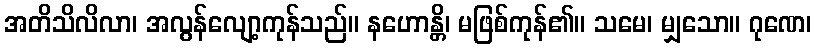
အတိသိလိလာ၊ အလွန်လျော့ကုန်သည်။ နဟောန္တိ၊ မဖြစ်ကုန်၏။ သမေ၊ မျှသော။ ဂုဏေ၊